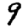
Digit: 9